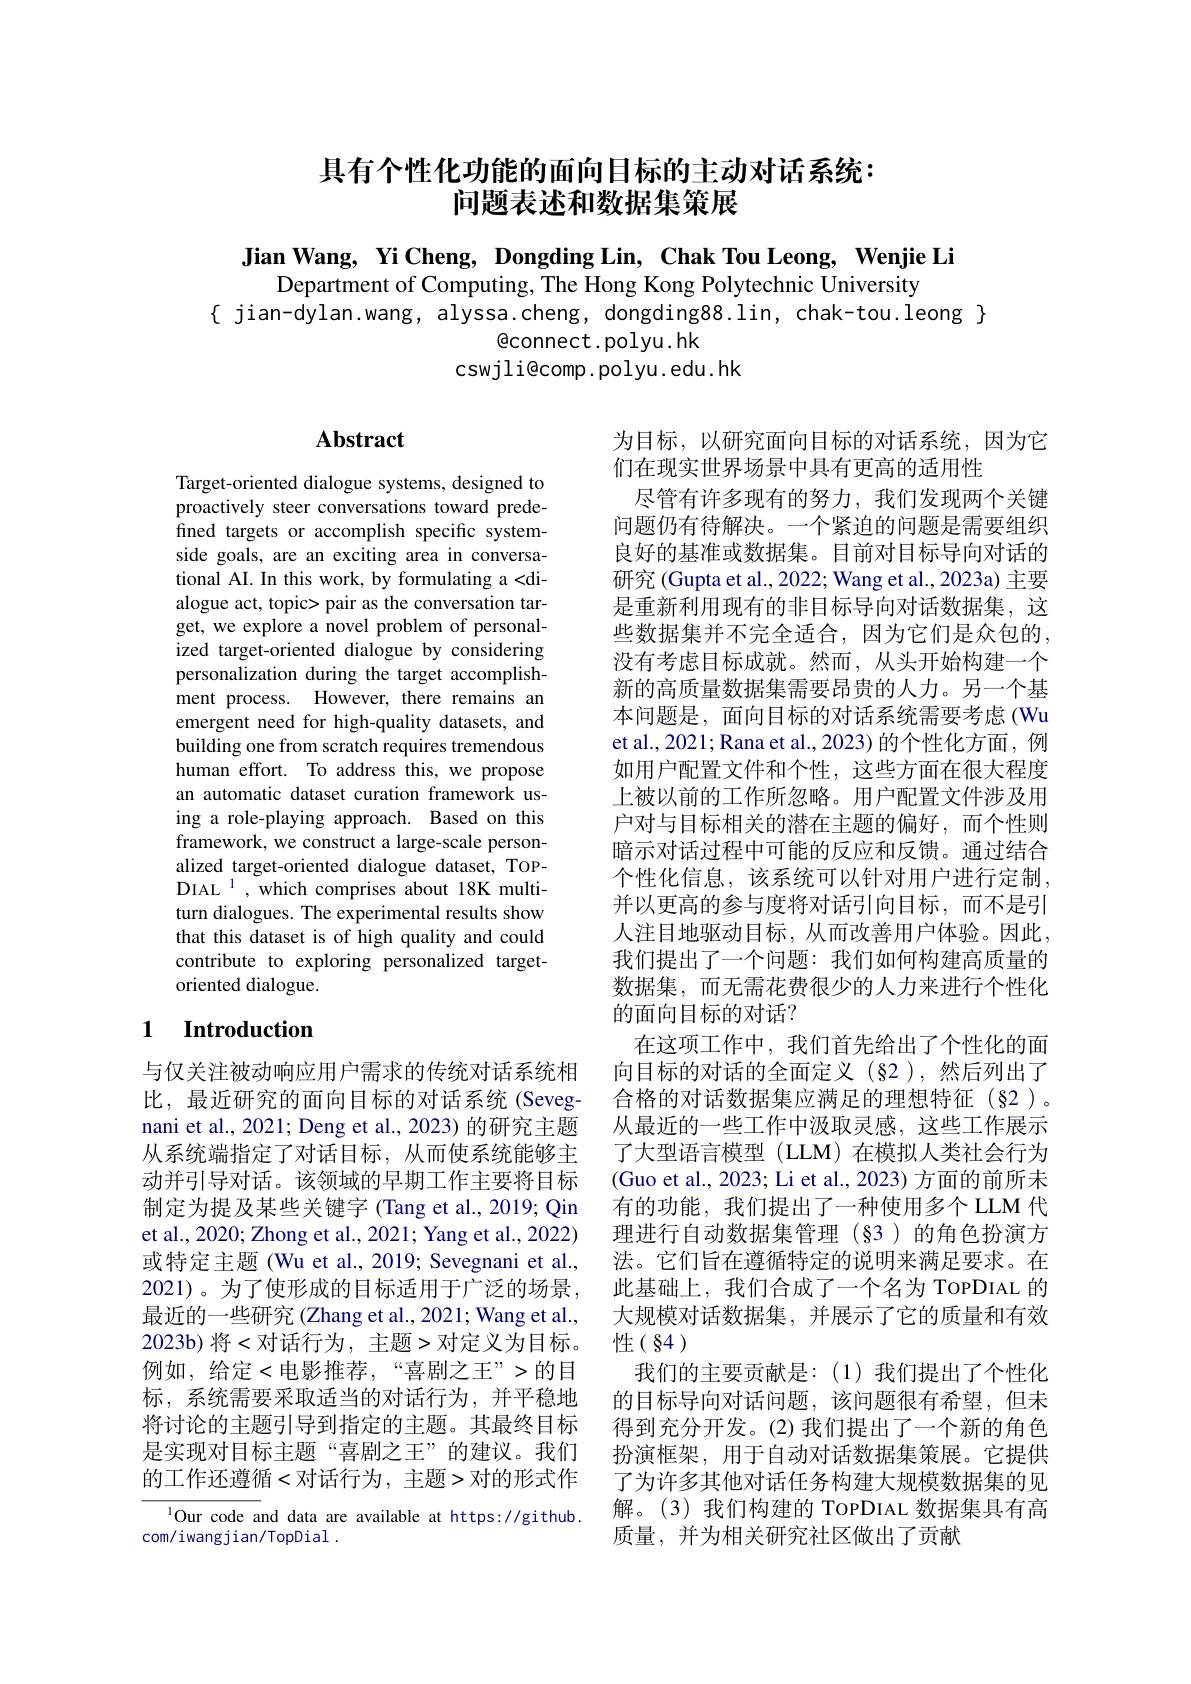
# 具有个性化功能的面向目标的主动对话系统： 问题表述和数据集策展

Jian Wang, Yi Cheng, Dongding Lin, Chak Tou Leong, Wenjie Li
Department of Computing, The Hong Kong Polytechnic University
{ jian-dylan.wang, alyssa.cheng, dongding88.lin, chak-tou.leong }
$\textcircled{\mathrm{connect.polyu.hk}}$
cswjli@comp. polyu. edu. hk

## Abstract

Target-oriented dialogue systems, designed to proactively steer conversations toward predefined targets or accomplish specific systemside goals, are an exciting area in conversational AI. In this work, by formulating a <dialogue act, topic> pair as the conversation target, we explore a novel problem of personalized target-oriented dialogue by considering personalization during the target accomplishment process. However, there remains an emergent need for high-quality datasets, and building one from scratch requires tremendous human effort. To address this, we propose an automatic dataset curation framework using a role-playing approach. Based on this framework, we construct a large-scale personalized target-oriented dialogue dataset, TOPDIAL $^{1}$, which comprises about 18K multiturn dialogues. The experimental results show that this dataset is of high quality and could contribute to exploring personalized targetoriented dialogue.

为目标，以研究面向目标的对话系统，因为它
们在现实世界场景中具有更高的适用性
尽管有许多现有的努力，我们发现两个关键问题仍有待解决。一个紧迫的问题是需要组织良好的基准或数据集。目前对目标导向对话的研究 (Gupta et al., 2022; Wang et al., 2023a) 主要是重新利用现有的非目标导向对话数据集，这些数据集并不完全适合，因为它们是众包的， 没有考虑目标成就。然而，从头开始构建一个新的高质量数据集需要昂贵的人力。另一个基本问题是，面向目标的对话系统需要考虑(Wu et al., 2021; Rana et al., 2023) 的个性化方面，例如用户配置文件和个性，这些方面在很大程度上被以前的工作所忽略。用户配置文件涉及用户对与目标相关的潜在主题的偏好，而个性则暗示对话过程中可能的反应和反馈。通过结合个性化信息，该系统可以针对用户进行定制， 并以更高的参与度将对话引向目标，而不是引人注目地驱动目标，从而改善用户体验。因此， 我们提出了一个问题：我们如何构建高质量的数据集，而无需花费很少的人力来进行个性化的面向目标的对话？
在这项工作中，我们首先给出了个性化的面向目标的对话的全面定义(§2),然后列出了合格的对话数据集应满足的理想特征(§2)。从最近的一些工作中汲取灵感，这些工作展示了大型语言模型(LLM)在模拟人类社会行为(Guo et al., 2023; Li et al., 2023) 方面的前所未有的功能，我们提出了一种使用多个LLM 代理进行自动数据集管理(§3)的角色扮演方法。它们旨在遵循特定的说明来满足要求。在此基础上，我们合成了一个名为 ToPDIAL 的大规模对话数据集，并展示了它的质量和有效性( 84 )
我们的主要贡献是：(1)我们提出了个性化的目标导向对话问题，该问题很有希望，但未得到充分开发。(2)我们提出了一个新的角色扮演框架，用于自动对话数据集策展。它提供了为许多其他对话任务构建大规模数据集的见解。(3)我们构建的 TOPDIAL 数据集具有高质量，并为相关研究社区做出了贡献

## 1 Introduction

与仅关注被动响应用户需求的传统对话系统相比，最近研究的面向目标的对话系统(Seveg-) nani et al., 2021; Deng et al., 2023) 的研究主题从系统端指定了对话目标，从而使系统能够主动并引导对话。该领域的早期工作主要将目标制定为提及某些关键字(Tang et al., 2019; Qin et al., 2020; Zhong et al., 2021; Yang et al., 2022) 或特定主题 (Wu et al., 2019; Sevegnani et al., 2021)。为了使形成的目标适用于广泛的场景， 最近的一些研究 (Zhang et al., 2021; Wang et al., 2023b)将<对话行为，主题>对定义为目标。例如，给定<电影推荐，“喜剧之王”>的目标，系统需要采取适当的对话行为，并平稳地将讨论的主题引导到指定的主题。其最终目标是实现对目标主题“喜剧之王”的建议。我们的工作还遵循<对话行为，主题>对的形式作

lOur code and data are available at https://github.
com/iwangjian/TopDial.